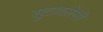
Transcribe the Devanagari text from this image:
सुटावलेली